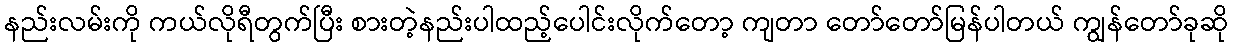
နည်းလမ်းကို ကယ်လိုရီတွက်ပြီး စားတဲ့နည်းပါထည့်ပေါင်းလိုက်တော့ ကျတာ တော်တော်မြန်ပါတယ် ကျွန်တော်ခုဆို